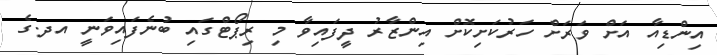
އިންޑިއާ އަށް ވަރަށް ހަރުކަށިކޮށް އިންޒާރު ދީފައިވާ މި ރިޕޯޓްގައި ބުނެފައިވަނީ އދ.ގެ